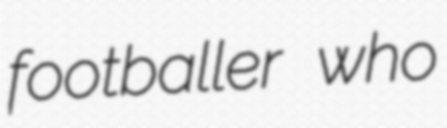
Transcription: footballer who